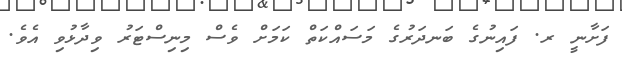
ފަށާނީ ރ. ފައިނުގެ ބަނދަރުގެ މަސައްކަތް ކަމަށް ވެސް މިނިސްޓަރު ވިދާޅުވި އެވެ.